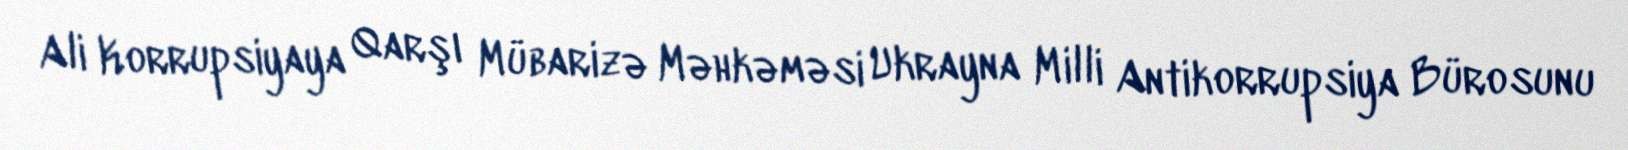
Ali Korrupsiyaya Qarşı Mübarizə Məhkəməsi Ukrayna Milli Antikorrupsiya Bürosunu